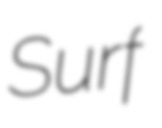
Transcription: Surf